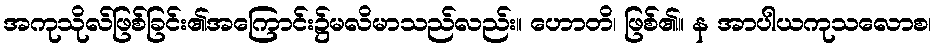
အကုသိုလ်ဖြစ်ခြင်း၏အကြောင်း၌မလိမာသည်လည်း။ ဟောတိ၊ ဖြစ်၏။ န အာပါယကုသလောစ၊